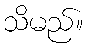
သိမည်။